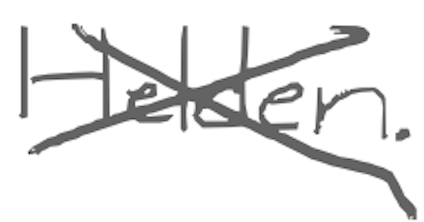
Text: Helden.
Cross-out: cross
Writing tool: digital_gray